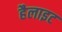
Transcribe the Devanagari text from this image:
हैलाइट